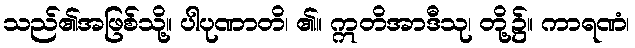
သည်၏အဖြစ်သို့။ ပါပုဏာတိ၊ ၏။ ဣတိအာဒီသု၊ တို့၌။ ကာရဏံ၊